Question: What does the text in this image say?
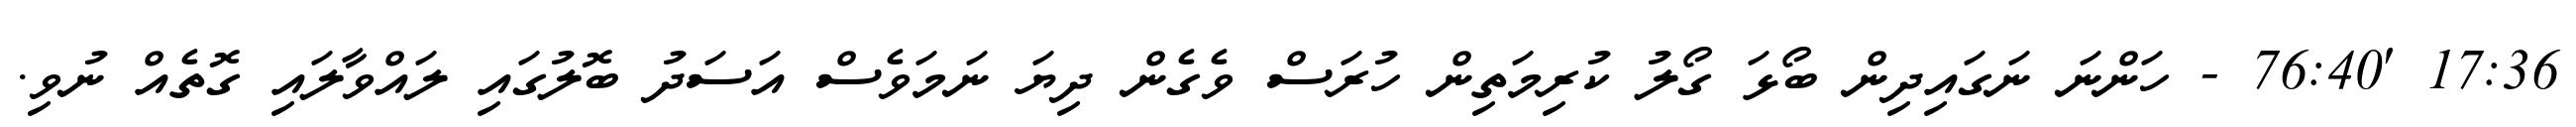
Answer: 17:36 '76:40 - ހަންނަ ނަގައިދިން ބޯޅަ ގޯލު ކުރިމަތިން ހުރަސް ވެގެން ދިޔަ ނަމަވެސް އަސަދު ބޮލުގައި ލައްވާލައި ގޮތެއް ނުވި.